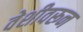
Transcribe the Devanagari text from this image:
वेशीवरून